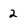
Character: 2